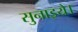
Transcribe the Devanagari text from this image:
सुनाइये।